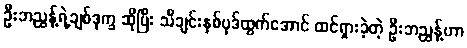
ဦးဘညွန့်ရဲ့ချစ်ဒုက္ခ ဆိုပြီး သီချင်းနှစ်ပုဒ်ထွက်အောင် ထင်ရှားခဲ့တဲ့ ဦးဘညွန့်ဟာ